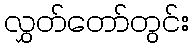
လွှတ်တော်တွင်း